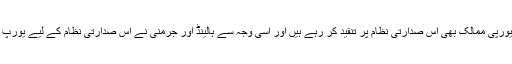
یہی وجہ ہے کہ جرمنی اور ہالینڈ سمیت دیگر یورپی ممالک بھی اس صدارتی نظام پر تنقید کر رہے ہیں اور اسی وجہ سے ہالینڈ اور جرمنی نے اس صدارتی نظام کے لیے یورپ میں ترکی کو کمپین چلانے سے روک دیا ہے۔